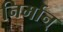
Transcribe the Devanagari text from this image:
निर्मान्